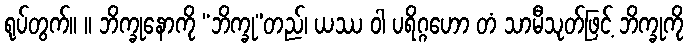
ရုပ်တွက်။ ။ ဘိက္ခုနောကို “ဘိက္ခု”တည်၊ ယဿ ဝါ ပရိဂ္ဂဟော တံ သာမီသုတ်ဖြင့် ဘိက္ခုကို